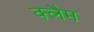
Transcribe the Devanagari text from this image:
क्लैम